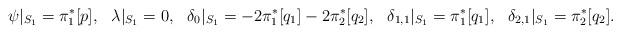
LaTeX: \begin{align*}\psi|_{S_1} &= \pi_1^*[p], & \lambda|_{S_1} &= 0, & \delta_0|_{S_1} &= -2\pi_1^*[q_1] -2\pi_2^*[q_2], &\delta_{1,1}|_{S_1} &= \pi_1^*[q_1], & \delta_{2,1}|_{S_1} &= \pi_2^*[q_2]. \end{align*}